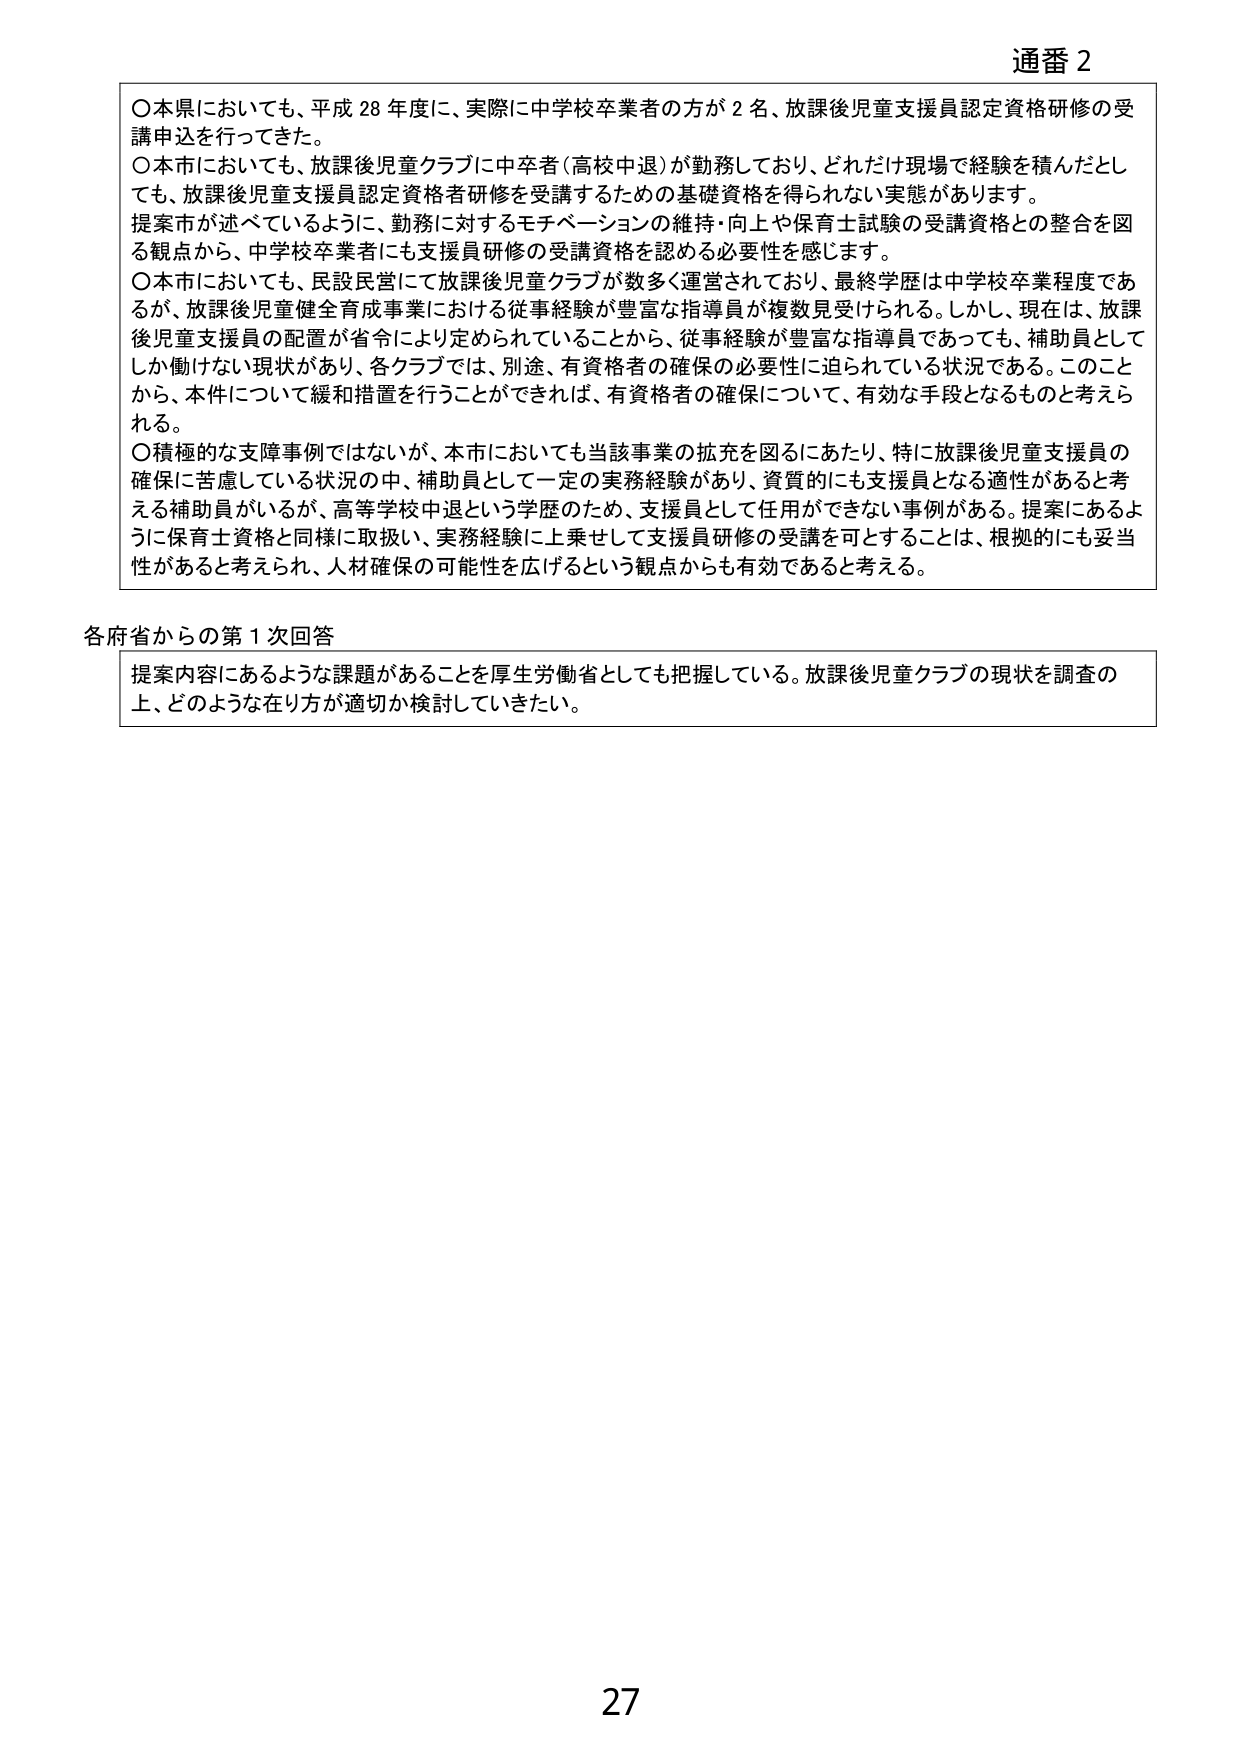
通番 2

〇本県においても、平成 28 年度に、実際に中学校卒業者の方が 2 名、放課後児童支援員認定資格研修の受講申込を行ってきた。
〇本市においても、放課後児童クラブに中卒者（高校中退）が勤務しており、どれだけ現場で経験を積んだとしても、放課後児童支援員認定資格者研修を受講するための基礎資格を得られない実態があります。
提案市が述べているように、勤務に対するモチベーションの維持・向上や保育士試験の受講資格との整合を図る観点から、中学校卒業者にも支援員研修の受講資格を認める必要性を感じます。
〇本市においても、民設民営にて放課後児童クラブが数多く運営されており、最終学歴は中学校卒業程度であるが、放課後児童健全育成事業における従事経験が豊富な指導員が複数見受けられる。しかし、現在は、放課後児童支援員の配置が省令により定められていることから、従事経験が豊富な指導員であっても、補助員としてしか働けない現状があり、各クラブでは、別途、有資格者の確保の必要性に迫られている状況である。このことから、本件について緩和措置を行うことができれば、有資格者の確保について、有効な手段となるものと考えられる。
〇積極的な支援事例ではないが、本市においても当該事業の拡充を図るにあたり、特に放課後児童支援員の確保に苦慮している状況の中、補助員として一定の実務経験があり、資質的にも支援員となる適性があると考える補助員がいるが、高等学校中退という学歴のため、支援員として任用ができない事例がある。提案にあるように保育士資格と同様に取扱い、実務経験に上乗せして支援員研修の受講を可とすることは、根拠的にも妥当性があると考えられ、人材確保の可能性を広げるという観点からも有効であると考える。

各府省からの第 1 次回答

提案内容にあるような課題があることを厚生労働省としても把握している。放課後児童クラブの現状を調査の上、どのような在り方が適切か検討していきたい。

27